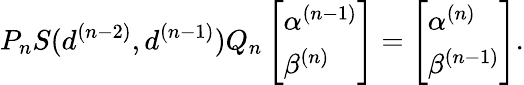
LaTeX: P_{n}S(d^{(n-2)},d^{(n-1)})Q_{n}\left[\begin{array}{l}{\alpha^{(n-1)}}\\ {\beta^{(n)}}\end{array}\right]=\left[\begin{array}{l}{\alpha^{(n)}}\\ {\beta^{(n-1)}}\end{array}\right].